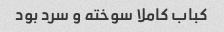
کباب کاملا سوخته و سرد بود